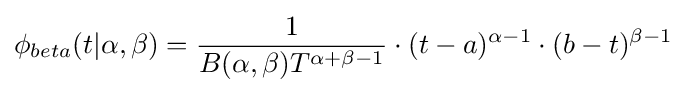
\phi _{beta}(t|\alpha ,\beta )={\frac {1}{B(\alpha ,\beta )T^{\alpha +\beta -1}}}\cdot (t-a)^{\alpha -1}\cdot (b-t)^{\beta -1}